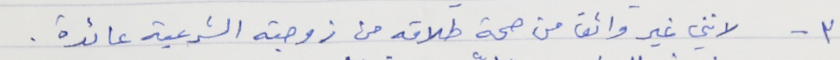
٣ - لانني غير واثق من صحة طلاقه من زوجته الشرعية عائدة .